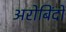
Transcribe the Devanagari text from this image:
अरोबिंदो